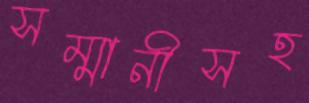
সম্মানীসহ